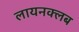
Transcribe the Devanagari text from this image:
लायनक्लब